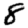
Digit: 8